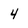
Character: 4